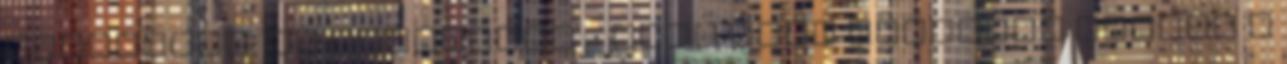
ugyanazok. Az egyetemen – most volt animáció szakon a